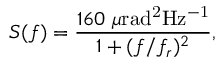
S ( f ) = \frac { 1 6 0 ~ \mu \mathrm { r a d ^ { 2 } H z ^ { - 1 } } } { 1 + ( f / f _ { r } ) ^ { 2 } } ,